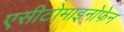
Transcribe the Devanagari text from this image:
एसीटोमाइनोफेन